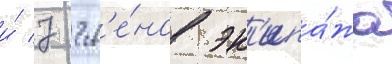
и́ 7 чл'е́нов эк'ипа́жа